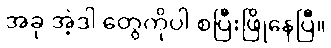
အခု အဲ့ဒါ တွေကိုပါ စပြီးဖြိုနေပြီ။